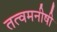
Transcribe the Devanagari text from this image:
तत्वमनीषी